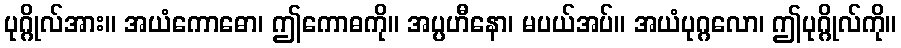
ပုဂ္ဂိုလ်အား။ အယံကောဓော၊ ဤကောဓကို။ အပ္ပဟီနော၊ မပယ်အပ်။ အယံပုဂ္ဂလော၊ ဤပုဂ္ဂိုလ်ကို။